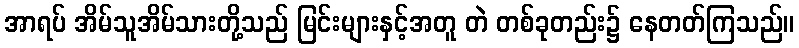
အာရပ် အိမ်သူအိမ်သားတို့သည် မြင်းများနှင့်အတူ တဲ တစ်ခုတည်း၌ နေတတ်ကြသည်။